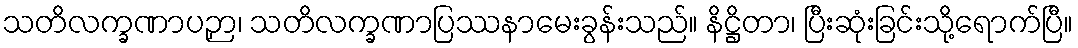
သတိလက္ခဏာပဉှာ၊ သတိလက္ခဏာပြဿနာမေးခွန်းသည်။ နိဋ္ဌိတာ၊ ပြီးဆုံးခြင်းသို့ရောက်ပြီ။